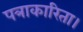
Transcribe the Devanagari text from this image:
पत्राकारिता।